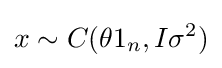
x\sim C(\theta 1_{n},I\sigma ^{2})\,\!